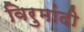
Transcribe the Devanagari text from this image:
विरुमांदी